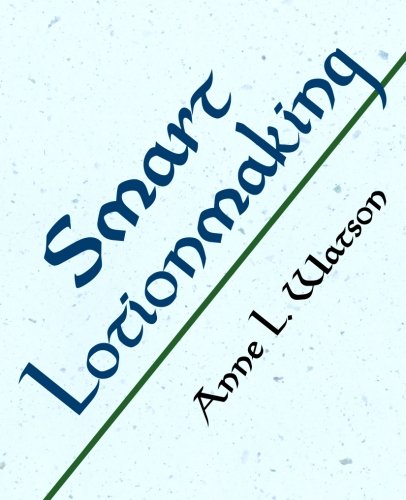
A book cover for Smart Lotionmaking: The Simple Guide to Making Luxurious Lotions, or How to Make Lotion from Scratch That's Better Than You Might Buy and Costs You Less; Anne L. Watson; Crafts, Hobbies & Home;